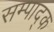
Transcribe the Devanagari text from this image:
सम्पाद्क